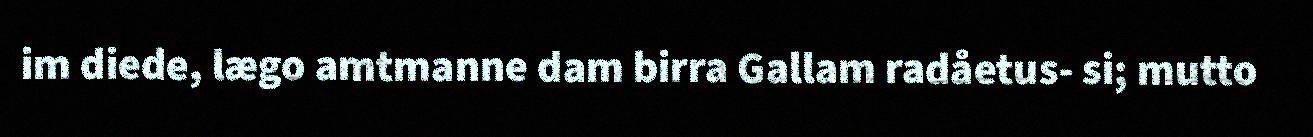
im diede, lægo amtmanne dam birra Gallam radåetus- si; mutto